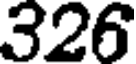
326